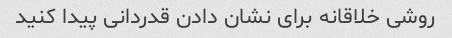
روشی خلاقانه برای نشان دادن قدردانی پیدا کنید